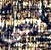
أغبى